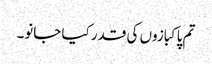
تم پاکبازوں کی قدر کیا جانو۔